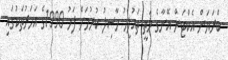
ބްރަޔަން އެކްޓަން އޭނާގެ މަތީ ތައުލީމު ހާސިލު ކުރުމަށް ފަހު 1990ގެ އަހަރުތަކުގައި